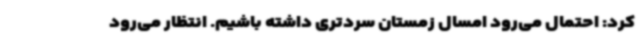
کرد: احتمال می‌رود امسال زمستان سردتری داشته باشیم. انتظار می‌رود